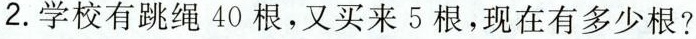
2.学校有跳绳40根，又买来5根，现在有多少根?